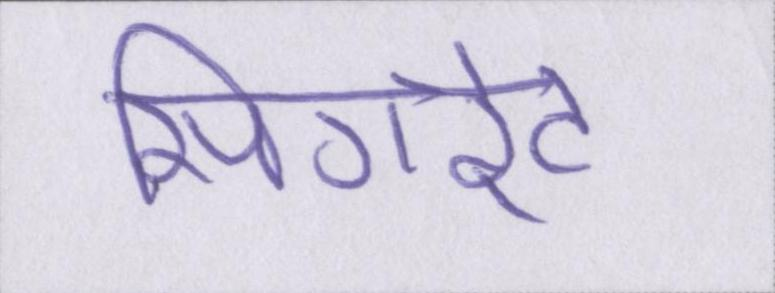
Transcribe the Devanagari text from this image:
सिगरेट